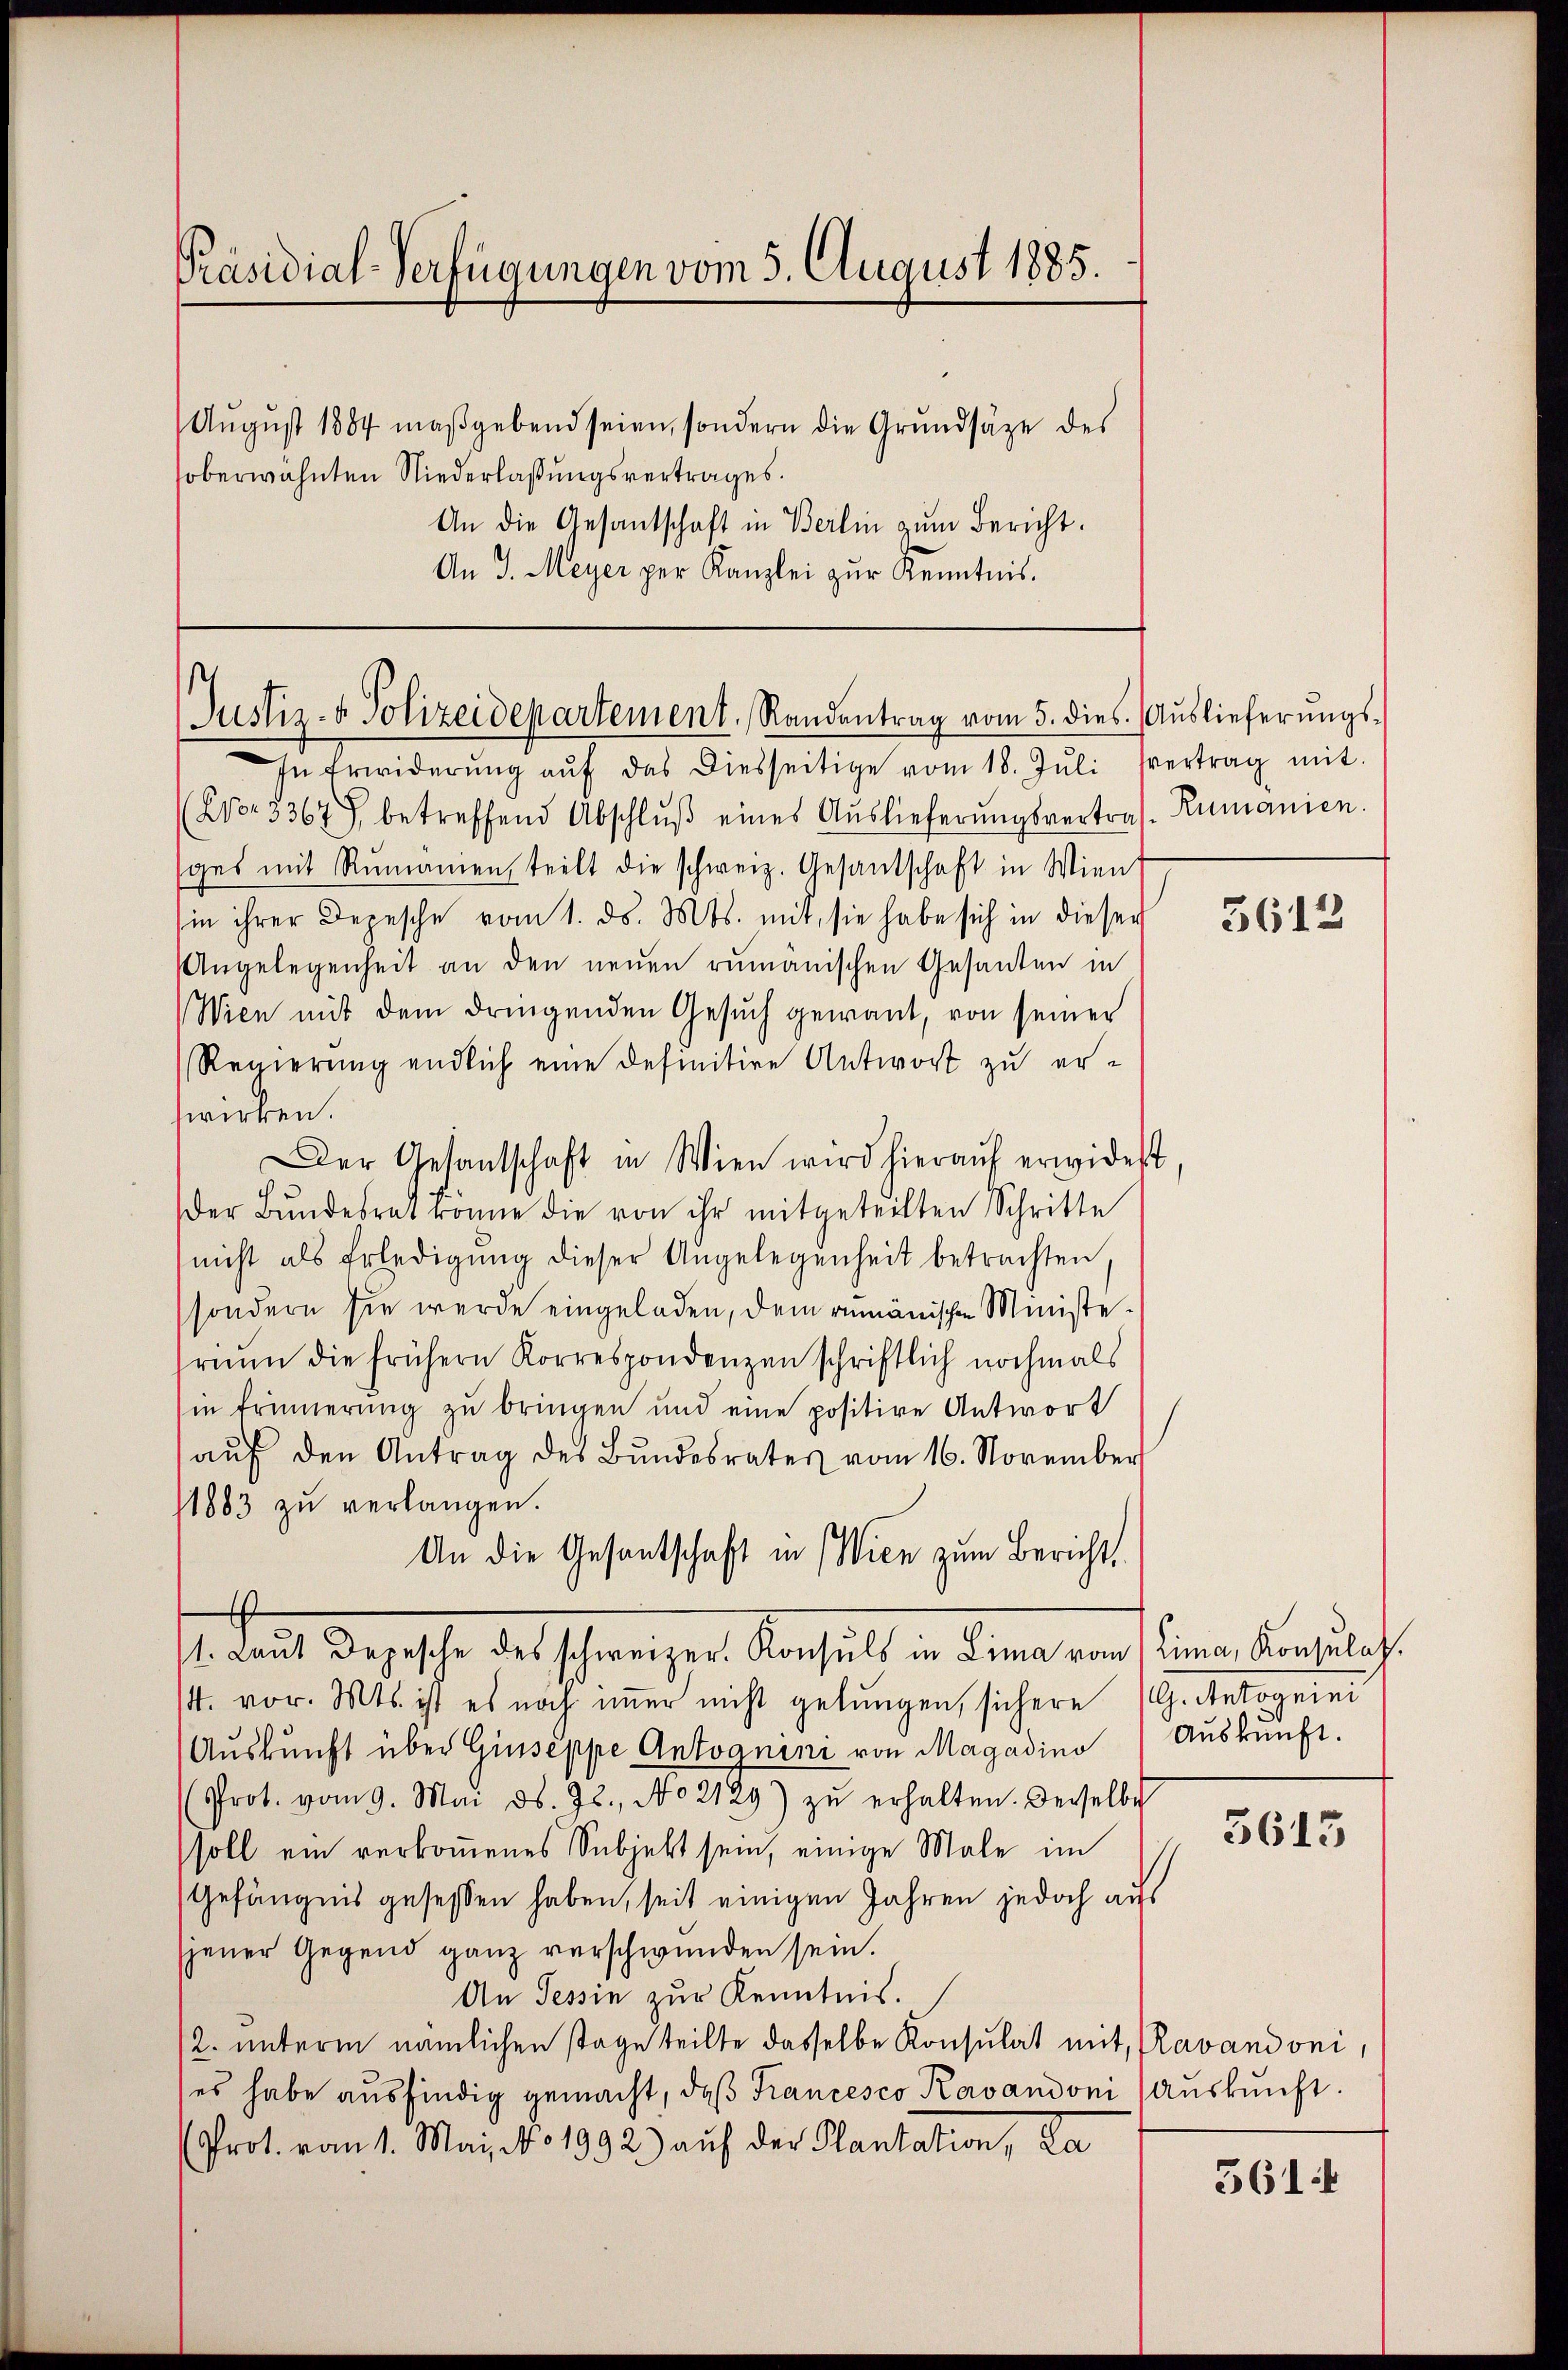
Präsidial-Verfügungen vom 5. August 1885.

Aŭgŭst 1884 maßgebend seien, sondern die Grundsätze des
oberwähnten Niederlaßungsvertrages.
An die Gesantschaft in Berlin zum Bericht.
An J. Meyer per Kanzlei zŭr Kenntnis.

Justiz- & Polizeidepartement, Randentrag vom 5. dies. Auslieferungs-

In Erwiderŭng aŭf das diesseitige vom 18. Jŭli vertrag mit
(Nr. 3367) betreffend Abschlŭβ eines Auslieferŭngsvertres. Rumanien.
ges mit Rumanien, teilt die schweiz. Gesandschaft in Wien
sin ihrer Depesche vom 1. ds. Mts. mit, sie habe sich in dieser
Angelegenheit an den neuen rumänischen Gesandten in
Wien mit dem dringenden Gesuch gewant, von seiner
Regierŭng endlich eine definitive Antwort zu er-
wirken.
Der Gesantschaft in Wien wird hieraŭf erwidert
Der Bŭndesrat ronne die von ihr mitgeteilten Schritte
nicht als Erledigŭng dieser Angelegenheit betrachten,
sondern sie werde eingeladen, dem rumänischen Ministerium die frühern Korrespondenzen schriftlich nochmals
in Erinnerung zu bringen und eine positive Antwort
aŭf den Antrag des Bŭndesrates vom 16. November
1883 zu verlangen.
An die Gesantschaft in Wien zum Bericht
. das Depesche des schweizer Verhält in denn auf einen den durch
14. vor. Mts. ist es noch immer nicht gelungen, sichere (G. Antognini
Auskunft über Giuseppe Antognini von Magadino, Aŭskŭnft.
Prot. vom 9. Mai ds. 72. No 2129) zŭ erhalten. Derselbe
soll ein verkommenes Subjekt sein, einige Male im
Gefängnis gesessen haben, seit einigen Jahren jedoch aus
jener Gegend ganz verschwunden sein.
An Tessin zur Kenntnis.
2. unterm nämlichen stage teilte dasselbe Konsulat mit, Ravandoni,
es habe ausfindig gemacht, daß Francesco Kavandoni (auskunft.
Prot. vom 1. Mai No 1992.) auf der Plantation, da

3612

3615

361